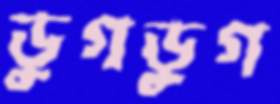
ডুগডুগ